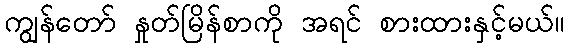
ကျွန်တော် နှုတ်မြိန်စာကို အရင် စားထားနှင့်မယ်။